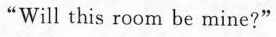
“Will this room be mine?"